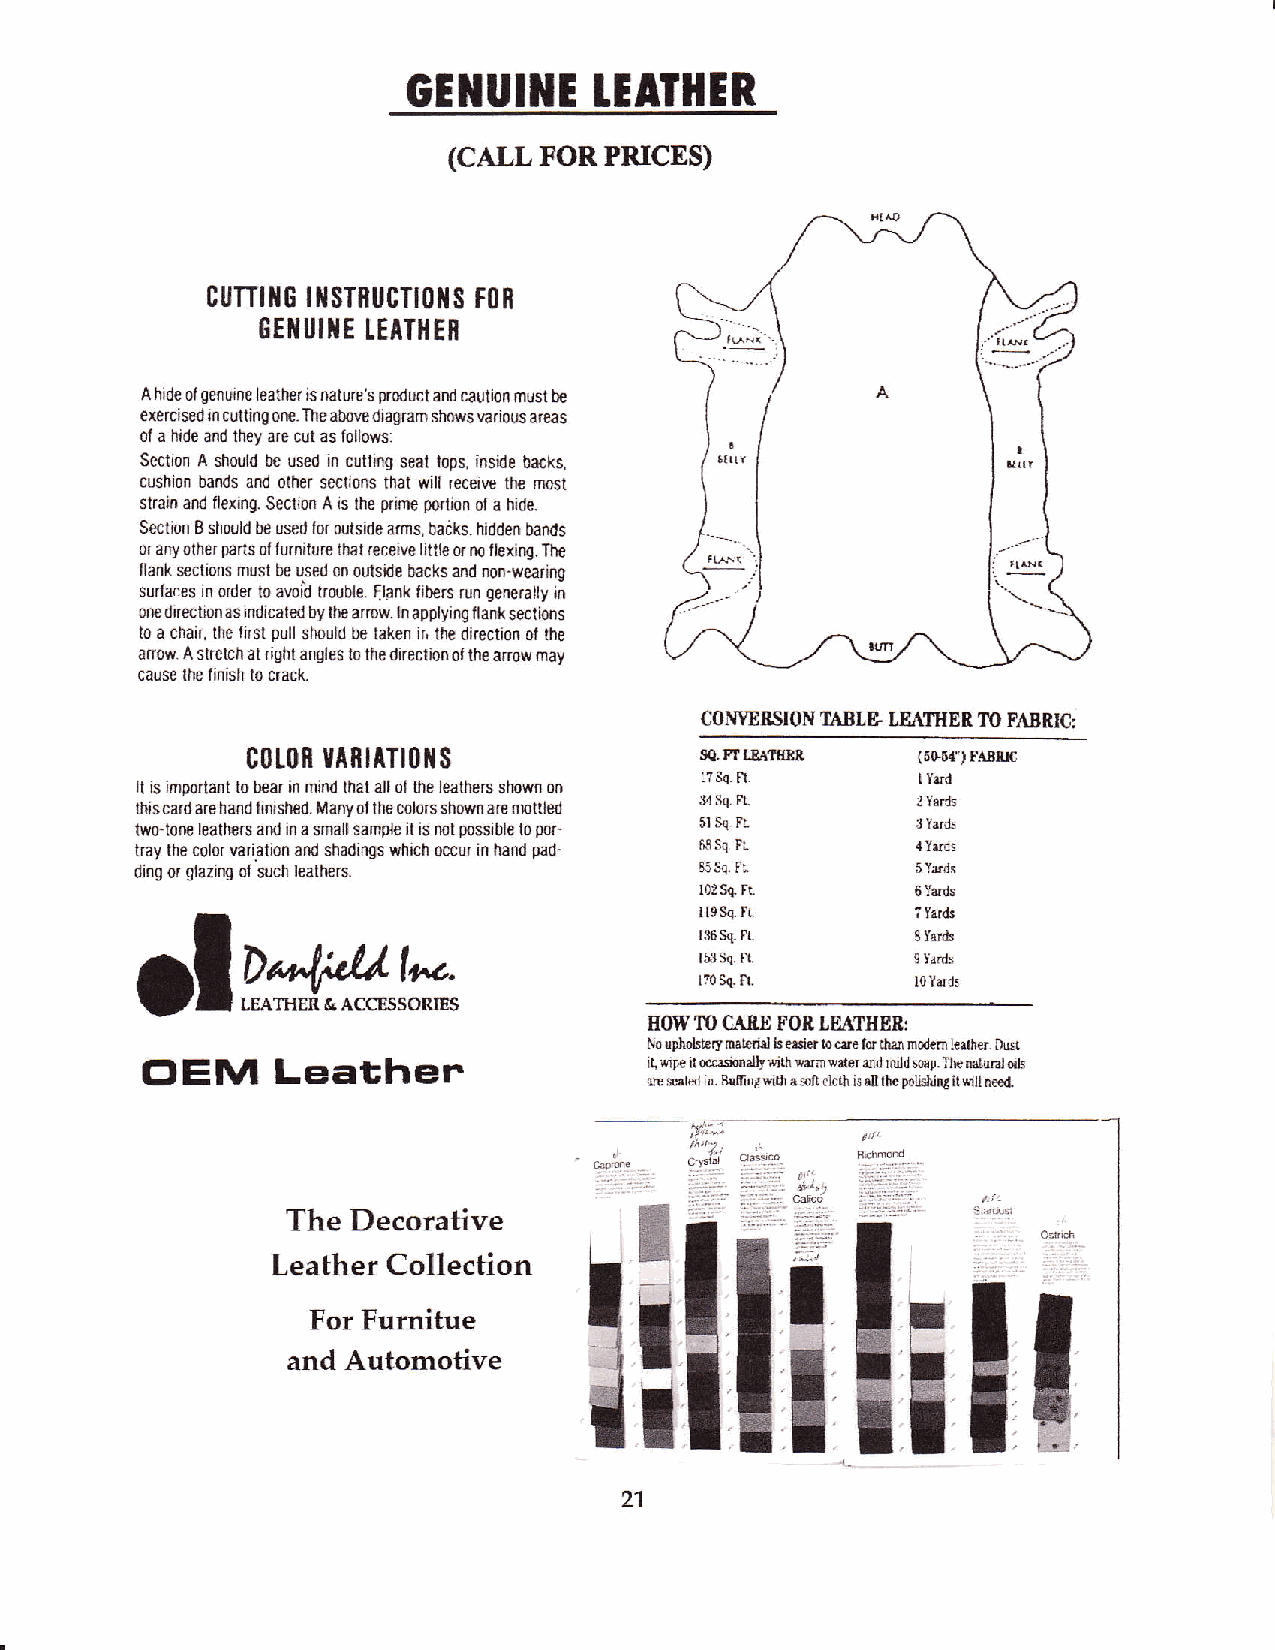
GEIIUI]IE   1EATHER
 (CALLFORPRICES}
 cuTTt ltG | fl sTnucTt0lts F0R
 8EI{UII{E TEATHER
 A hide 0tgenuine leatherisnature s product and caulion must be
 exercised in culting orE. The above diagram shows yarious areas
 0f a hide and lhey aro cut as follows:
 Secti0n A $o!ld be used in cutting seat l0ps, insbe backs,
 cushi0n bands and other secli0ns that will receive th€ most
 slrain ard flexing. Section A is the prim€ forlion ol a hide.
 Section B shor,ld be used lor outside arms, badks. hrdden bands
 or ary0lher parts oflurniture lhal receive little orm llexir{. The
 llank sections must be used 0n outsile backs and non.w€aring
 sudaces in order l0 avoib trotble. flank l:bers run generally i;
 ofl€ drrectionas indjcaled by the arrow In applyinq llank sectio.ts
 t0 a clrair, the lrrst pull should be laken ir, the direction 0l the
 anow. A Slretch at right angles t0 the direclion ol lhe a.row may
 cause the finish to crack.
 CONYE&SION TABLE. LBAI'IIEB lIO FABRIC:
 c0t(}R ulnllTr0ils            SQ. PI LEAfiM, (6S6{ ) FAtf,rC
 It ls imooftant to b€ar in mind lhat all0l the leathe$ shown on :?sq ft I Yrd
 thiscard are hand linish€d. Manyollhe colors sh0wfl a.e rnottled ir4 s'l Ft.
 t'r0-ton€ lealhers ard in a small sampk it is not possible t0 p0r- 5l Sq FL
 tray the c0l0r variation and shadings which occur in hand pad- tu3 Sq FL { Y.rds
 ding or glazirE of such leathe.s.    E5 5q. Fl
 l0:Sq FL       6 Yards
 I 19 Sq. t..   ? Yards
 ^-.I   f't,.-l:,l.1 l,^-             136 Sq Fl.     8lsr&
 rJ atyr*ttuE t''t t'r4/,.     153 Sq Fl.
 ItI                                  l?0 Sq ft.     ltlards
 Lserud c lcctssonns
 -l
 flOW M CABE FOR LEAIHEB:
 Leather                  No uphohtEry msterid is ersi€r t4 c{e for $al liodah brlher Du$
 CIEM                              ilinpeiloc{?sixdtrd||.rar wat8l and ruld $!q} TI|+ nalural dls
 &E s:ak in. B{0ind $,iti a sott clcth is Nll lhe poligrllu it'.dl nec4
 /"',Zl
 :::,::i,',..
 The Decorative
 ;r,-:i:-
 Leather Collection                 ;*.,
 For Furnitue
 and Automotive
 27